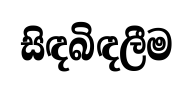
සිඳබිඳලීම